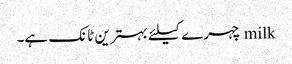
milk چہرے کیلئے بہترین ٹانک ہے۔